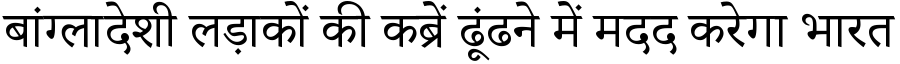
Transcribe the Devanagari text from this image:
बांग्लादेशी लड़ाकों की कब्रें ढूंढने में मदद करेगा भारत